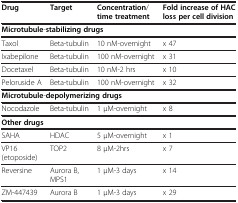
| Drug | Target | Concentration/ time treatment | Fold increase of HAC loss per cell division |
 | --- | --- | --- | --- |
 | <COLSPAN=4> Microtubule-stabilizing drugs |
 | Taxol | Beta-tubulin | 10 nM-overnight | x 47 |
 | Ixabepilone | Beta-tubulin | 100 nM-overnight | x 31 |
 | Docetaxel | Beta-tubulin | 10 nM-2 hrs | x 10 |
 | Peloruside A | Beta-tubulin | 100 nM-overnight | x 32 |
 | <COLSPAN=4> Microtubule-depolymerizing drugs |
 | Nocodazole | Beta-tubulin | 1 μM-overnight | x 8 |
 | <COLSPAN=4> Other drugs |
 | SAHA | HDAC | 5 μM-overnight | x 1 |
 | VP16 (etoposide) | TOP2 | 8 μM-2hrs | x 7 |
 | Reversine | Aurora B, MPS1 | 1 μM-3 days | x 14 |
 | ZM-447439 | Aurora B | 1 μM-3 days | x 29 |